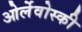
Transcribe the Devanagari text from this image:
ओर्लेवोस्की